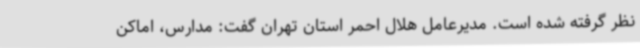
نظر گرفته شده است. مدیرعامل هلال احمر استان تهران گفت: مدارس، اماکن